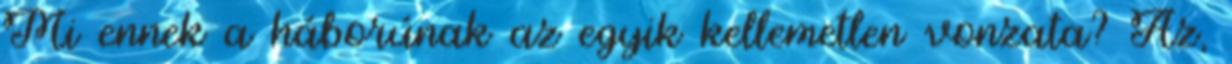
Mi ennek a háborúnak az egyik kellemetlen vonzata? Az,